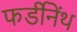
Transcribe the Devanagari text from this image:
फर्डीनेंथ